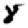
Digit: 8